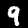
Label: 9